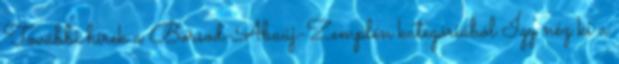
További hírek a Borsod-Abaúj-Zemplén kategóriából Így néz ki a